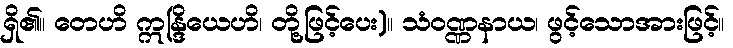
ရှိ၏။ တေဟိ ဣန္ဒြိယေဟိ၊ တို့ဖြင့်ပေး)။ သံဝဏ္ဏနာယ၊ ဖွင့်သောအားဖြင့်။